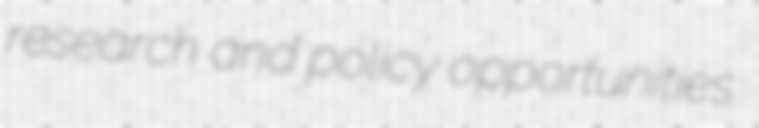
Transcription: research and policy opportunities.